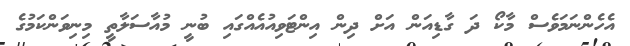
އެހެންނަމަވެސް މާކޯ ދަ ގާޑިއަން އަށް ދިން އިންޓަވިއުއެއްގައި ބުނީ މުއާސަލާތީ މިނިވަންކަމުގެ